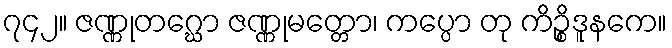
၇၄၂။ ဇဏ္ဏုတဂ္ဃော ဇဏ္ဏုမတ္တော၊ ကပ္ပော တု ကိဉ္စိဒူနကေ။